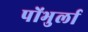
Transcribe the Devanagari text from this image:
पोंभुर्ला